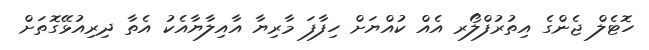
ހޮޓެލް ޖެންގެ އިތުރުފްލޯރ އެއް ކުއްޔަށް ހިފާފަ މާރިޔާ އާއިލާޔާއެކު އެތާ ދިރިއުޅޭގޮތަށް